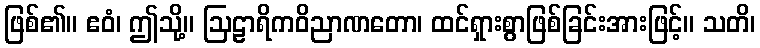
ဖြစ်၏။ ဧဝံ၊ ဤသို့။ ဩဠာရိကဝိညာဏတော၊ ထင်ရှားစွာဖြစ်ခြင်းအားဖြင့်။ သတိ၊